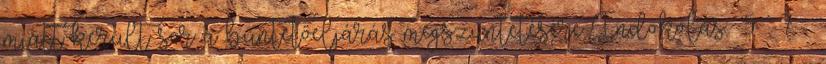
miatt került sor a büntetőeljárás megszüntetésére Indokolás 5 – 7 .